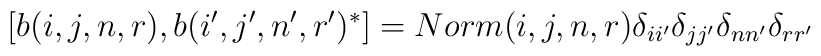
[b(i,j,n,r),b(i',j',n',r')^*]=Norm(i,j,n,r)\delta_{ii'}\delta_{jj'}\delta_{nn'}\delta_{rr'}